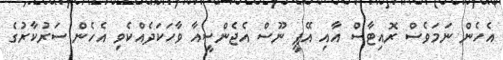
އެހެން ނަމަވެސް ރޮއިޓާސް އާއި އޭޕީ ނޫސް އެޖެންސީއާ ވާހަކަދެއްކެވި އެހެން ސަރުކާރުގެ